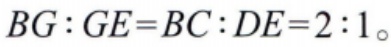
\(BG:GE = BC:DE = 2:1\)。